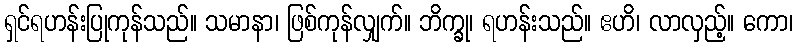
ရှင်ရဟန်းပြုကုန်သည်။ သမာနာ၊ ဖြစ်ကုန်လျှက်။ ဘိက္ခု၊ ရဟန်းသည်။ ဧဟိ၊ လာလှည့်။ ကော၊